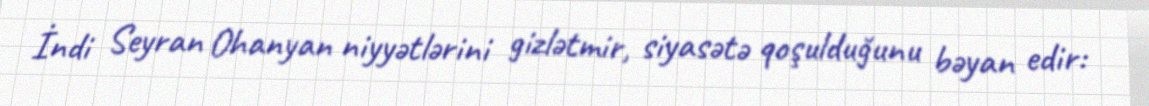
İndi Seyran Ohanyan niyyətlərini gizlətmir, siyasətə qoşulduğunu bəyan edir: